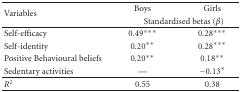
<table><thead><tr><td rowspan="2"><b>Variables</b></td><td><b>Boys</b></td><td><b>Girls</b></td></tr><tr><td colspan="2"><b>Standardised betas (<i>β</i>)</b></td></tr></thead><tbody><tr><td>Self-efficacy</td><td>0.49***</td><td>0.28***</td></tr><tr><td>Self-identity</td><td>0.20**</td><td>0.28***</td></tr><tr><td>Positive Behavioural beliefs</td><td>0.20**</td><td>0.18**</td></tr><tr><td>Sedentary activities</td><td>—</td><td>−0.13*</td></tr><tr><td><i>R</i><sup>2</sup></td><td>0.55</td><td>0.38</td></tr></tbody></table>